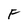
Character: F